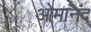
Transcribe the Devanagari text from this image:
ओमानंद